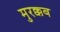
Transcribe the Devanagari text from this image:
मुरक्कब